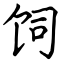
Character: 饲